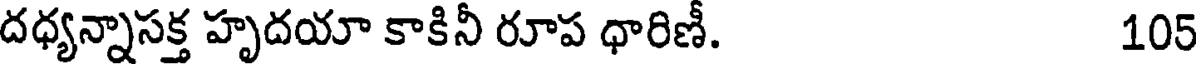
దధ్యన్నాసక్త హృదయా కాకినీ రూప ధారిణీ. 105